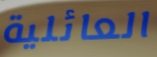
العائلية